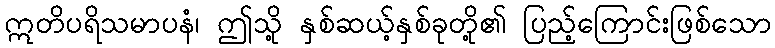
ဣတိပရိသမာပနံ၊ ဤသို့ နှစ်ဆယ့်နှစ်ခုတို့၏ ပြည့်ကြောင်းဖြစ်သော